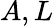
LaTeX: A,L